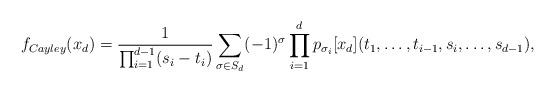
LaTeX: \begin{align*} f_{Cayley}(x_d) = \frac{1}{\prod_{i=1}^{d-1} (s_i-t_i)}\sum_{\sigma \in S_d} (-1)^\sigma \prod_{i=1}^d p_{\sigma_i}[x_d](t_1,\dots,t_{i-1},s_i,\dots,s_{d-1}), \end{align*}